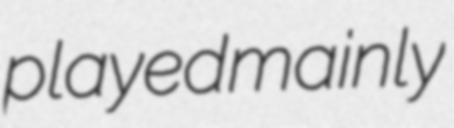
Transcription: played mainly